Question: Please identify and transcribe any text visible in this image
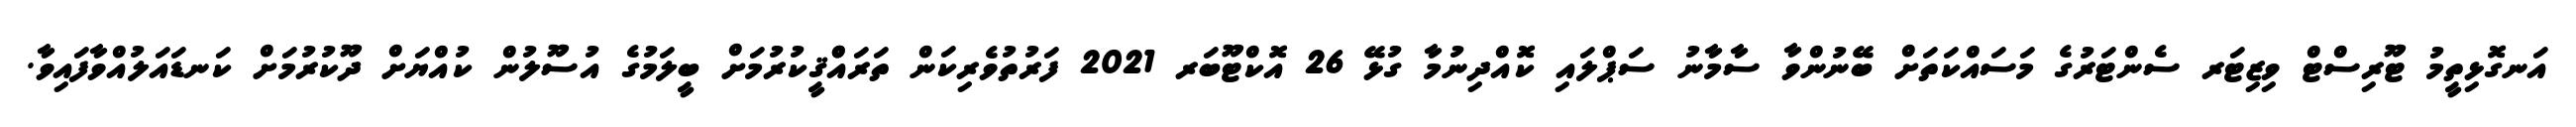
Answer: އަނގޮޅިތީމު ޓޫރިސްޓް ވިޒިޓަރ ސެންޓަރުގެ މަސައްކަތަށް ބޭނުންވާ ސާމާނު ސަޕްލައި ކޮއްދިނުމާ ގުޅޭ 26 އޮކްޓޫބަރ 2021 ފަރުތުވެރިކަން ތަރައްްޤީކުރުމަށް ބީލަމުގެ އުސޫލުން ކުއްޔަށް ދޫކުރުމަށް ކަނޑައަލުއްވާފައިވާ.